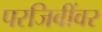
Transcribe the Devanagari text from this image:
परजिवींवर